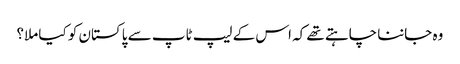
وہ جاننا چاہتے تھے کہ اس کے لیپ ٹاپ سے پاکستان کو کیا ملا؟